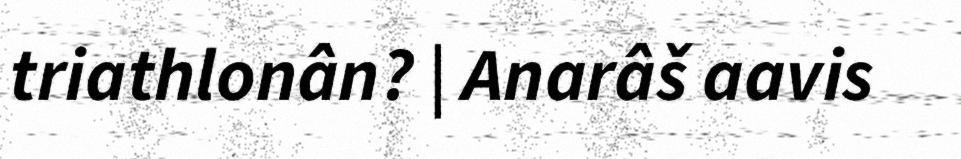
triathlonân? | Anarâš aavis